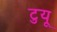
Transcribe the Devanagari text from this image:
टुयू